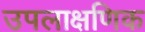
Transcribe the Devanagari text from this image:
उपलाक्षणिक